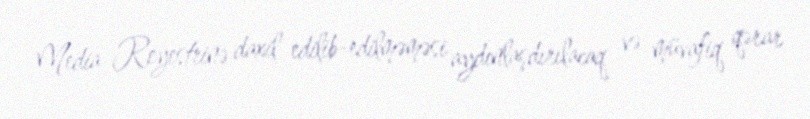
Media Reyestrinə daxil edilib-edilməməsi aydınlaşdırılacaq və müvafiq qərar